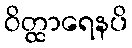
ဝိတ္ထာရေနပိ